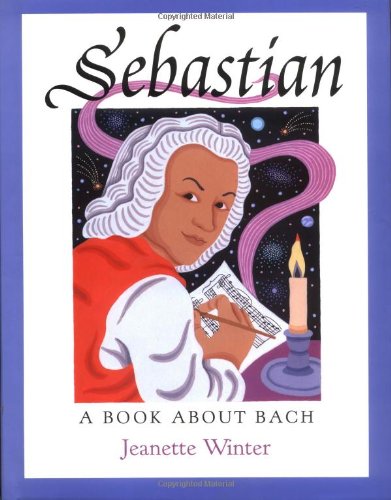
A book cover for Sebastian: A Book about Bach; Jeanette Winter; Children's Books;